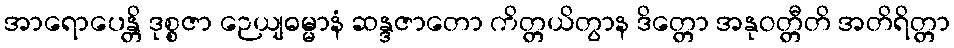
အာရောပေန္တိ ဒုစ္စဇာ ဉေယျဓမ္မာနံ ဆန္ဒဇာတော ကိတ္တယိတွာန ဒိတ္တော အနုဝတ္တီတိ အတိရိတ္တာ